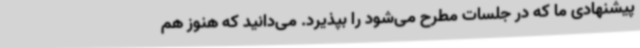
پیشنهادی ما که در جلسات مطرح می‌شود را بپذیرد. می‌دانید که هنوز هم